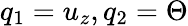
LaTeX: q_{1}=u_{z},q_{2}=\Theta